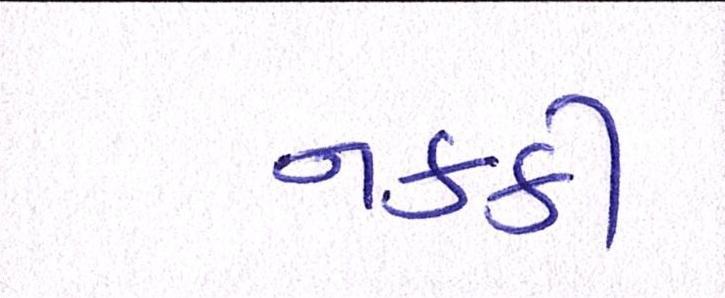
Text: નક્કી